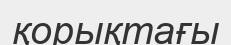
қорықтағы